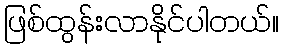
ဖြစ်ထွန်းလာနိုင်ပါတယ်။